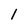
Character: 1